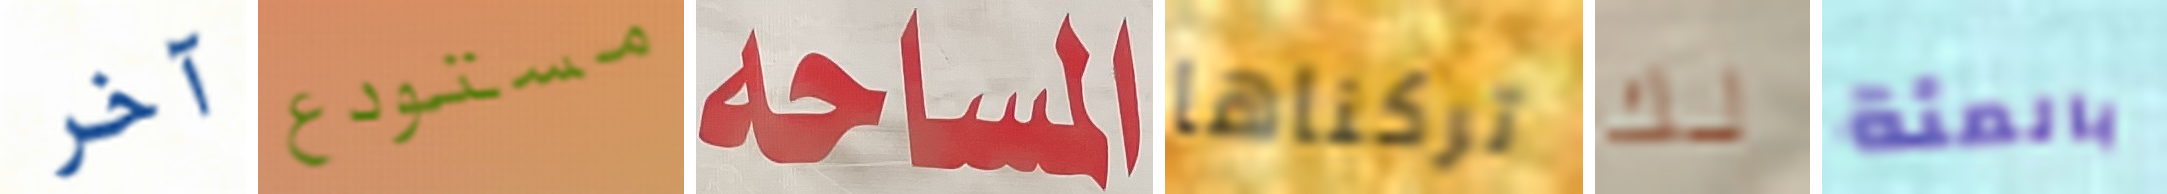
آخر مستودع المساحة تركناها لك بالمئة